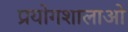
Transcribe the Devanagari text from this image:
प्रयोगशालाओ